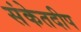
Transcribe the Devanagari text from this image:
संकेतदीप